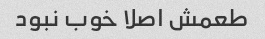
طعمش اصلا خوب نبود